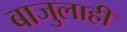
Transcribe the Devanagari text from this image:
बाजुलाही